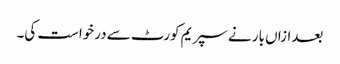
بعدازاں بار نے سپریم کورٹ سے درخواست کی۔